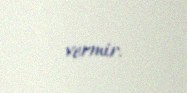
vermir.